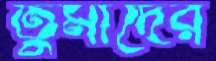
তুমাদের